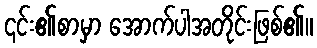
၎င်း၏စာမှာ အောက်ပါအတိုင်းဖြစ်၏။